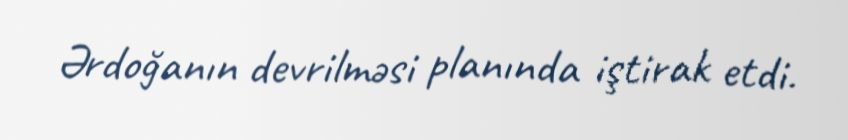
Ərdoğanın devrilməsi planında iştirak etdi.